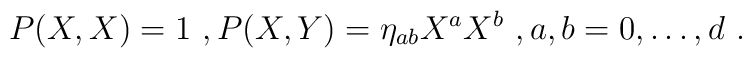
P(X,X)=1 \ , P(X,Y)=\eta_{ab}X^aX^b \ , a,b=0,\dots,d \ .